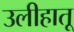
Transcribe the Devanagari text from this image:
उलीहातू